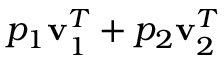
p _ { 1 } \mathbf { v } _ { 1 } ^ { T } + p _ { 2 } \mathbf { v } _ { 2 } ^ { T }